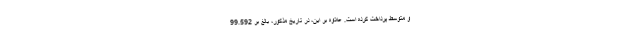
و متوسط پرداخت کرده است. علاوه بر این، در تاریخ مذکور، بالغ بر 99.592